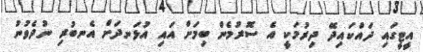
އީޓީގައި ދައްކައިދޭ ދިރުމަކީ އެ ސޮރުމެން ބިމަށް އައި އުޅަނދަށް އެނބުރި ނުދެވުނު